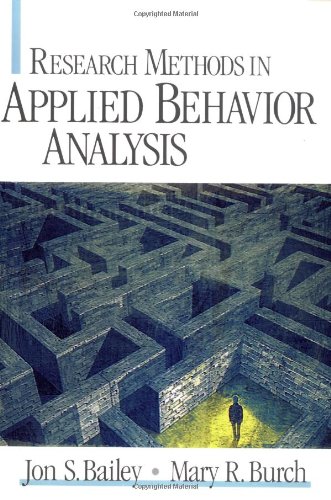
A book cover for Research Methods in Applied Behavior Analysis; Jon  S. Bailey; Medical Books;